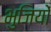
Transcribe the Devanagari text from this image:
भुजियों